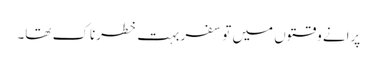
پرانے وقتوں میں تو سفر بہت خطرناک تھا۔